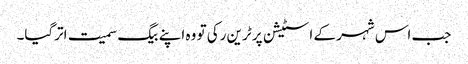
جب اس شہر کے اسٹیشن پر ٹرین رکی تو وہ اپنے بیگ سمیت اترگیا۔